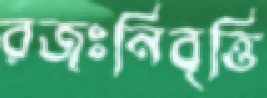
রজঃনিবৃত্তি